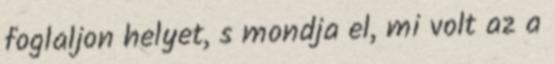
foglaljon helyet, s mondja el, mi volt az a